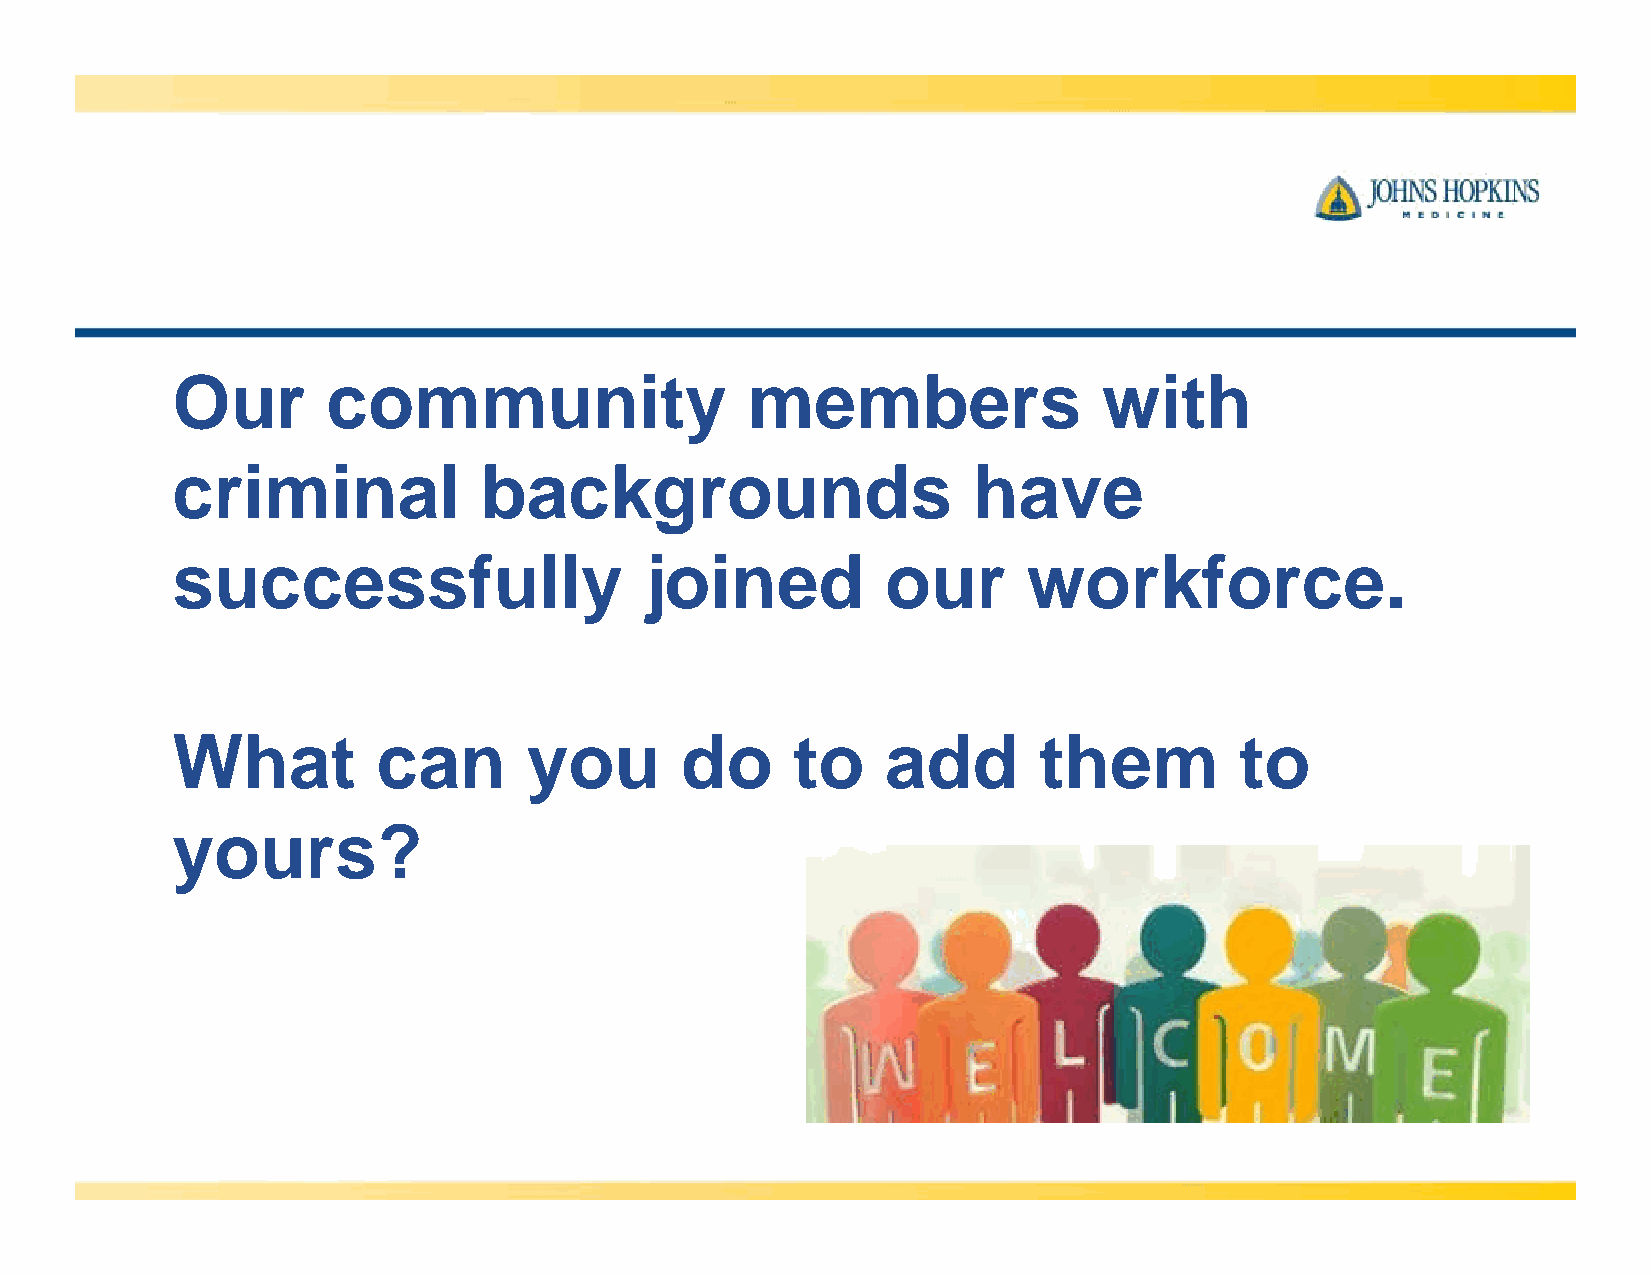
Our        community                  members                 with
 criminal             backgrounds                     have
 successfully                    joined          our      workforce.
 What          can       you       do     to     add       them         to
 yours?